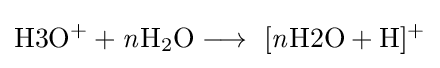
{{\mathrm {H3O^{+}} }{}+{}{\mathit {n}}\mathrm {H} {\vphantom {A}}_{\smash[{t}]{2}}\mathrm {O} {}\mathrel {\longrightarrow } {}{\mathrm {~[{\mathit {n}}H2O+H]^{+}} }}